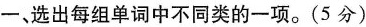
一、选出每组单词中不同类的一项。(5 分